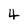
Character: 4